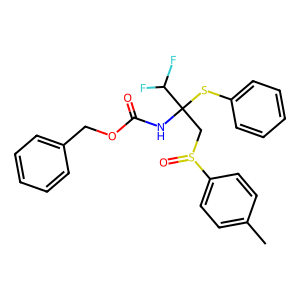
SMILES: Cc1ccc(S(=O)CC(NC(=O)OCc2ccccc2)(Sc2ccccc2)C(F)F)cc1
Inhibits HIV replication: No